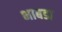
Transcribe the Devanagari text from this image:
भाबडा